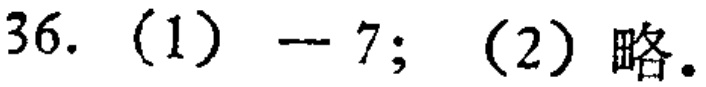
36. (1) $-7$; (2) 略。